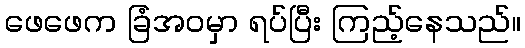
ဖေဖေက ခြံအဝမှာ ရပ်ပြီး ကြည့်နေသည်။